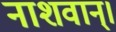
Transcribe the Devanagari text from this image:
नाशवान्।